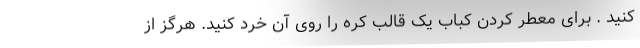
کنید . برای معطر کردن کباب یک قالب کره را روی آن خرد کنید. هرگز از